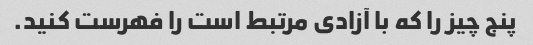
پنج چیز را که با آزادی مرتبط است را فهرست کنید.